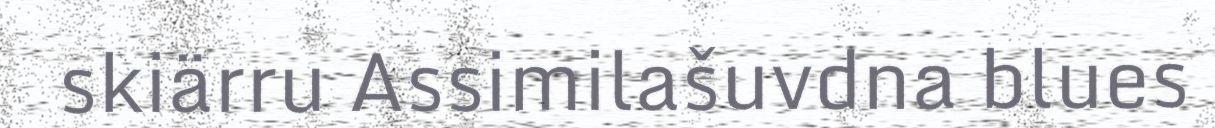
skiärru Assimilašuvdna blues